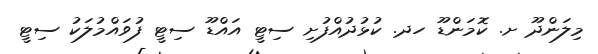
މިލަންދޫ ށ. ކޮމަންޑޫ ހދ. ކުޅުދުއްފުށި ސިޓީ އައްޑޫ ސިޓީ ފުވައްމުލަކު ސިޓީ